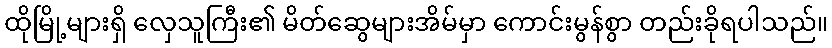
ထိုမြို့များရှိ လှေသူကြီး၏ မိတ်ဆွေများအိမ်မှာ ကောင်းမွန်စွာ တည်းခိုရပါသည်။